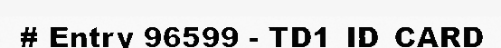
# Entry 96599 - TD1_ID_CARD